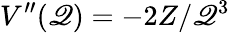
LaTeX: V^{\prime\prime}(\mathscr{Q})=-2Z/\mathscr{Q}^{3}